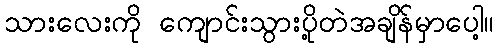
သားလေးကို ကျောင်းသွားပို့တဲအချိန်မှာပေါ့။